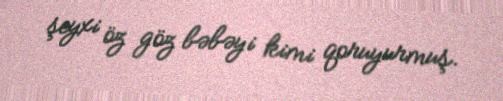
şeyxi öz göz bəbəyi kimi qoruyurmuş.